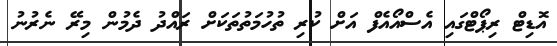
އޮޑިޓް ރިޕޯޓްގައި އެސްއޯއެފް އަށް ކުރި ތުހުމަތުތަކަށް ރައްދު ދެމުން މިރޭ ނެރުނު